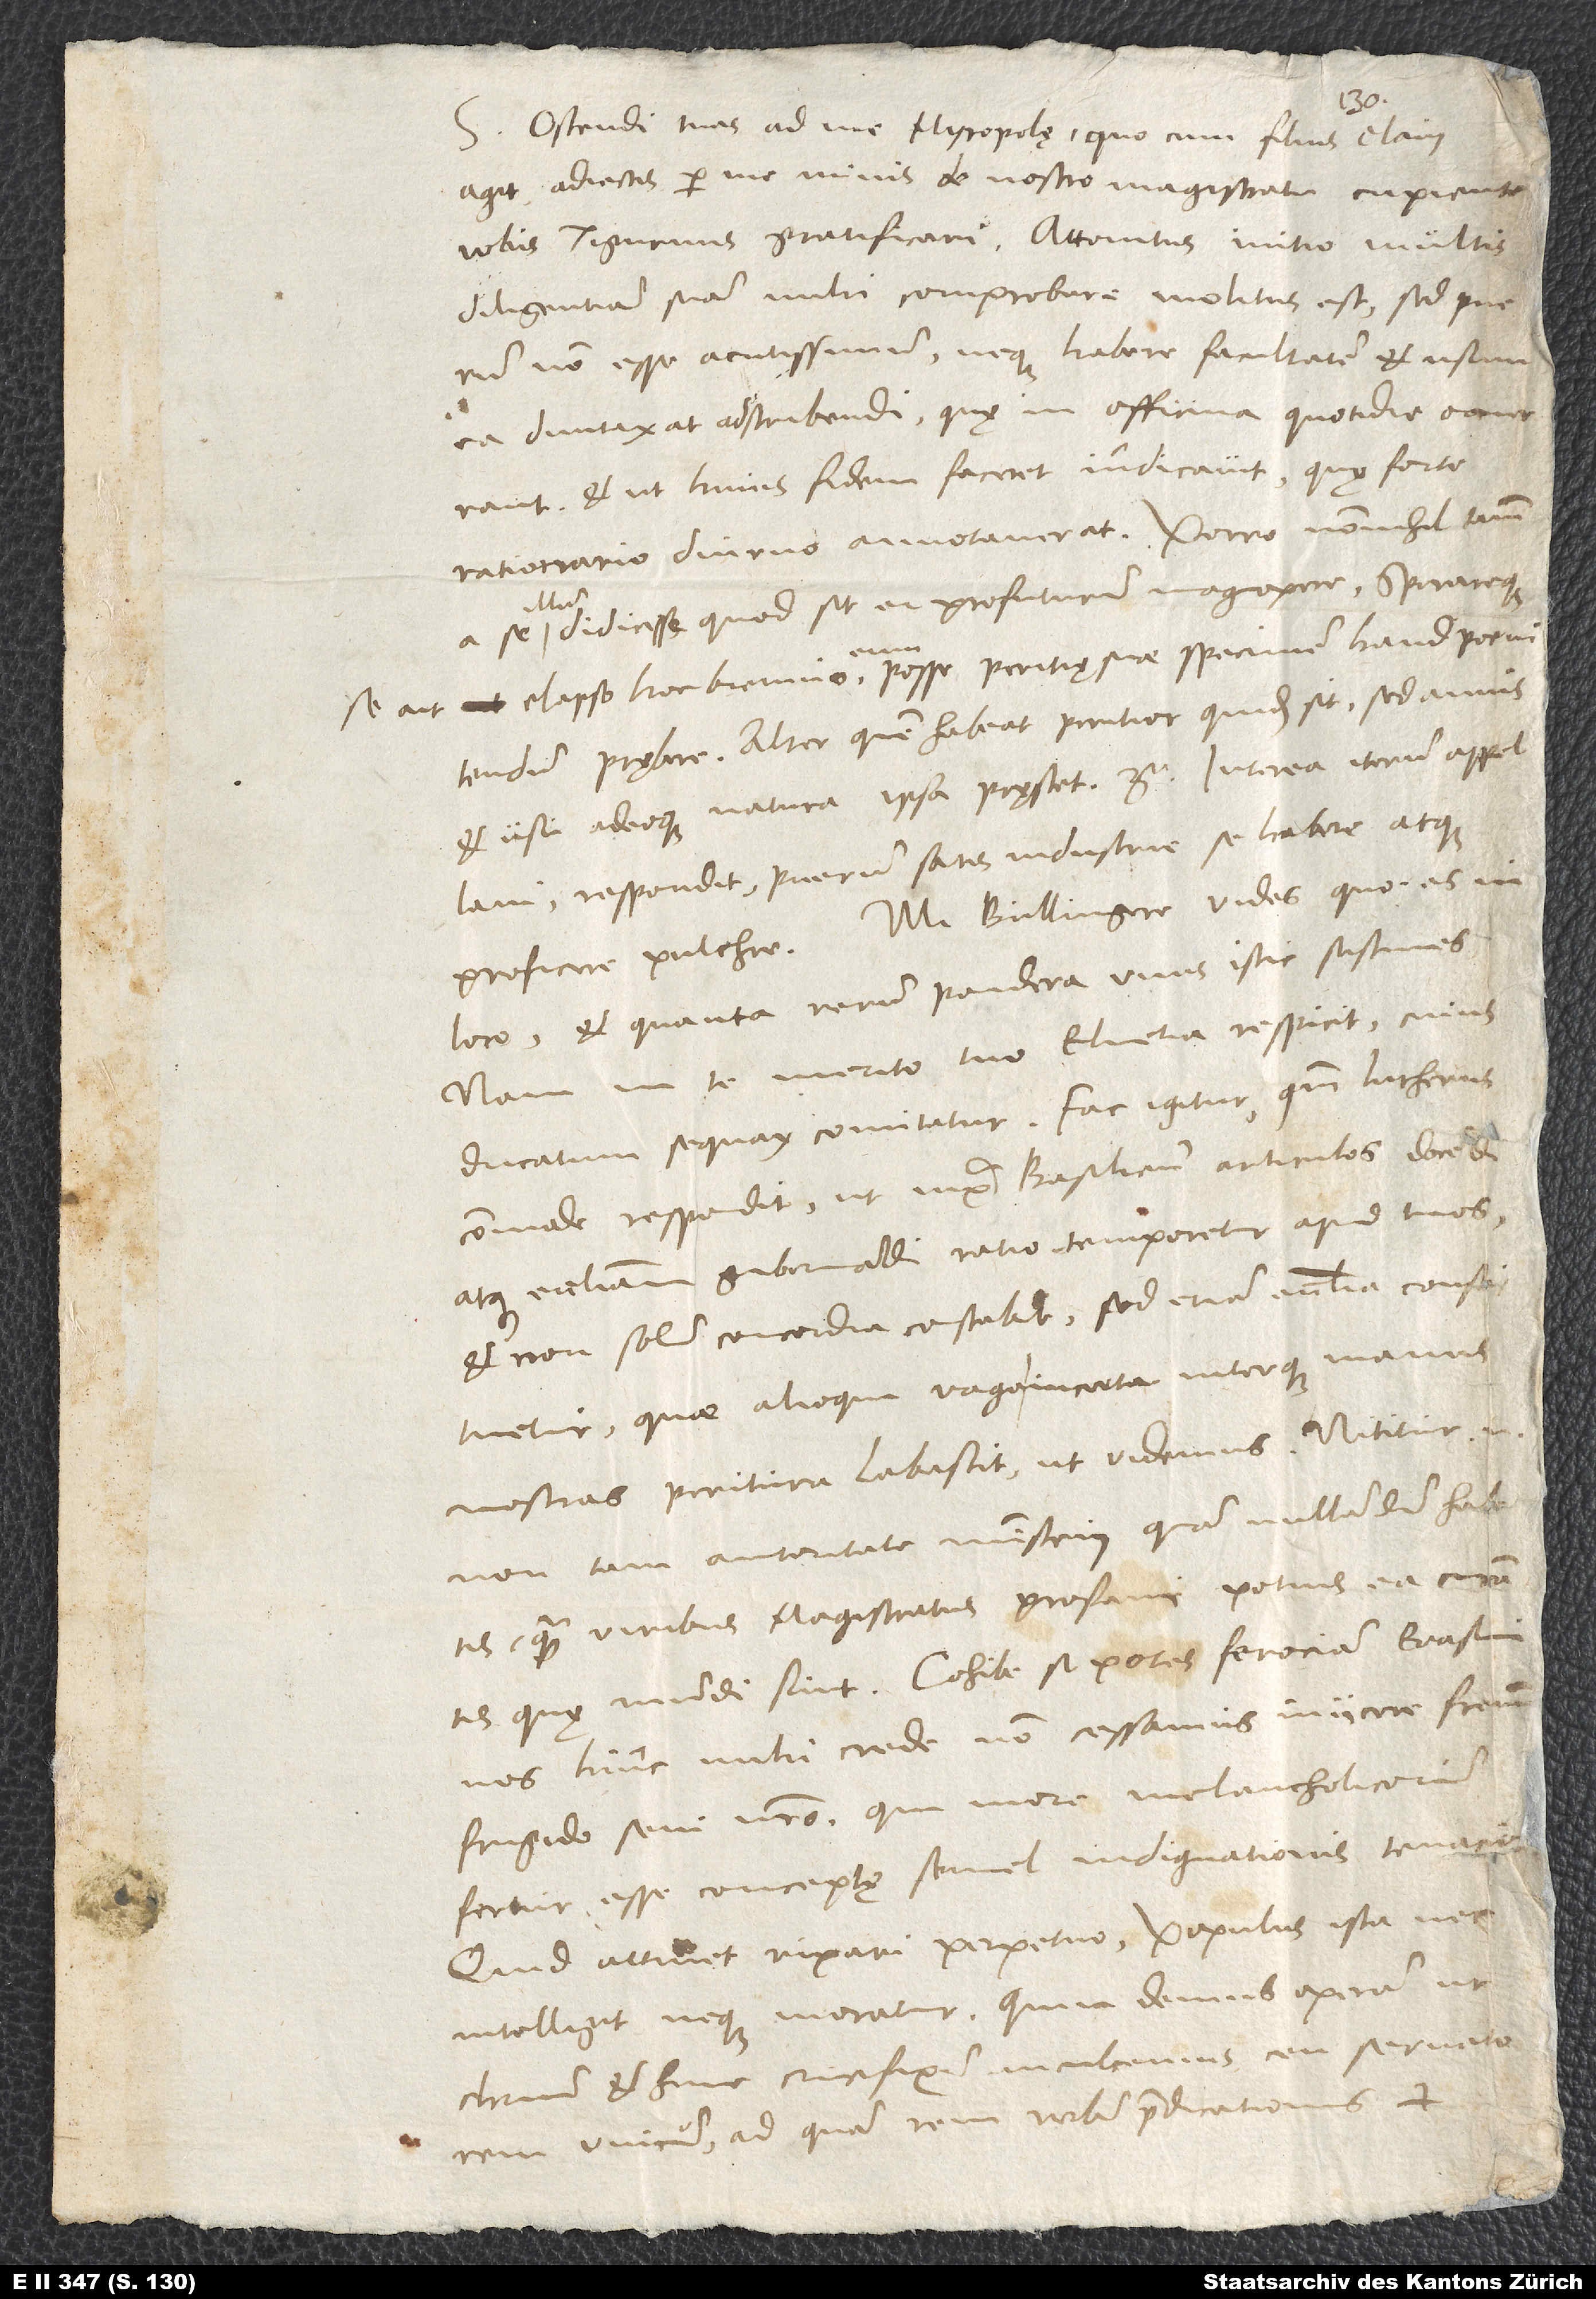
S. Ostendi tuas ad me myropolę, quocum filius clam
agit, adiectis per me minis de nostro magistratu cupiente
vobis Tigurinis gratificari. Attonitus initio multis
diligentiam suam mihi comprobare molitus est, sed puerum
non esse acutissimum neque habere facultatem et usum
ea duntaxat adscribendi, quę in officina quotidie occurrant.
Et ut huius fidem faceret, indicavit, quę forte
rationario diurno annotaverat. Porro nonnihil tamen
illum
didicisse, quod sit ei profuturum magnopere, sperareque
se ait elapso hoc biennio eum posse peritię suae specimen haud poenitendum
prębere. Alter, quem habeat, peritior quidem sit, sed annis
et usu adeoque natura ipsa pręstet etc. Interea iterum appellavi;
respondit puerum satis industrie se habere atque
proficere pulchre. Mi Bullingere, vides, quo es in
loco et quanta rerum pondera unus istic sustines;
nam in te merito tuo Elvetia respicit, cuius
ducatum sequax comitatur. Fac igitur, quoniam Lutherus
commode respondit, ut iuxta Basilienses articulos docendi
atque ecclesiam gubernandi ratio temperetur apud tuos,
et non solum concordia constabit, sed etiam ecclesia constituetur,
quae alioqui vaga, incerta interque manus
nostras peritura labescit, ut videmus. Nititur enim
non tam autoritate ministerii, quam nullamdum habetis,
quam viribus magistratus profani potius ea curantis,
quę mundi sint. Cohibe, si potes, ferociam Erasmi;
nos hinc, mihi crede, non cessamus iniicere frenum
frigido seni nostro, qui more melancholicorum
fertur esse conceptę semel indignationis tenacior.
Quid attinet rixari perpetuo; populus ista nec
intelligit neque moratur. Quin demus operam, ut
Christum et hunc crucifixum inculcemus ceu servatorem
unicum, ad quam rem verbum praedicationis et